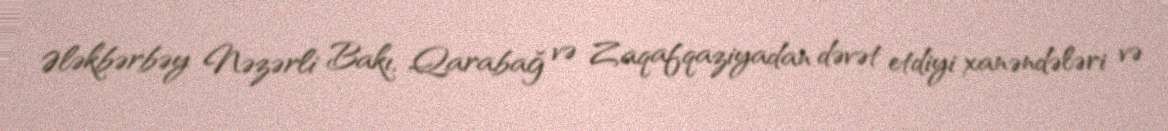
Ələkbərbəy Nəzərli Bakı, Qarabağ və Zaqafqaziyadan dəvət etdiyi xanəndələri və